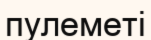
пулеметі